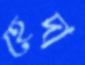
হেদা